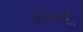
ડાડાવાદી